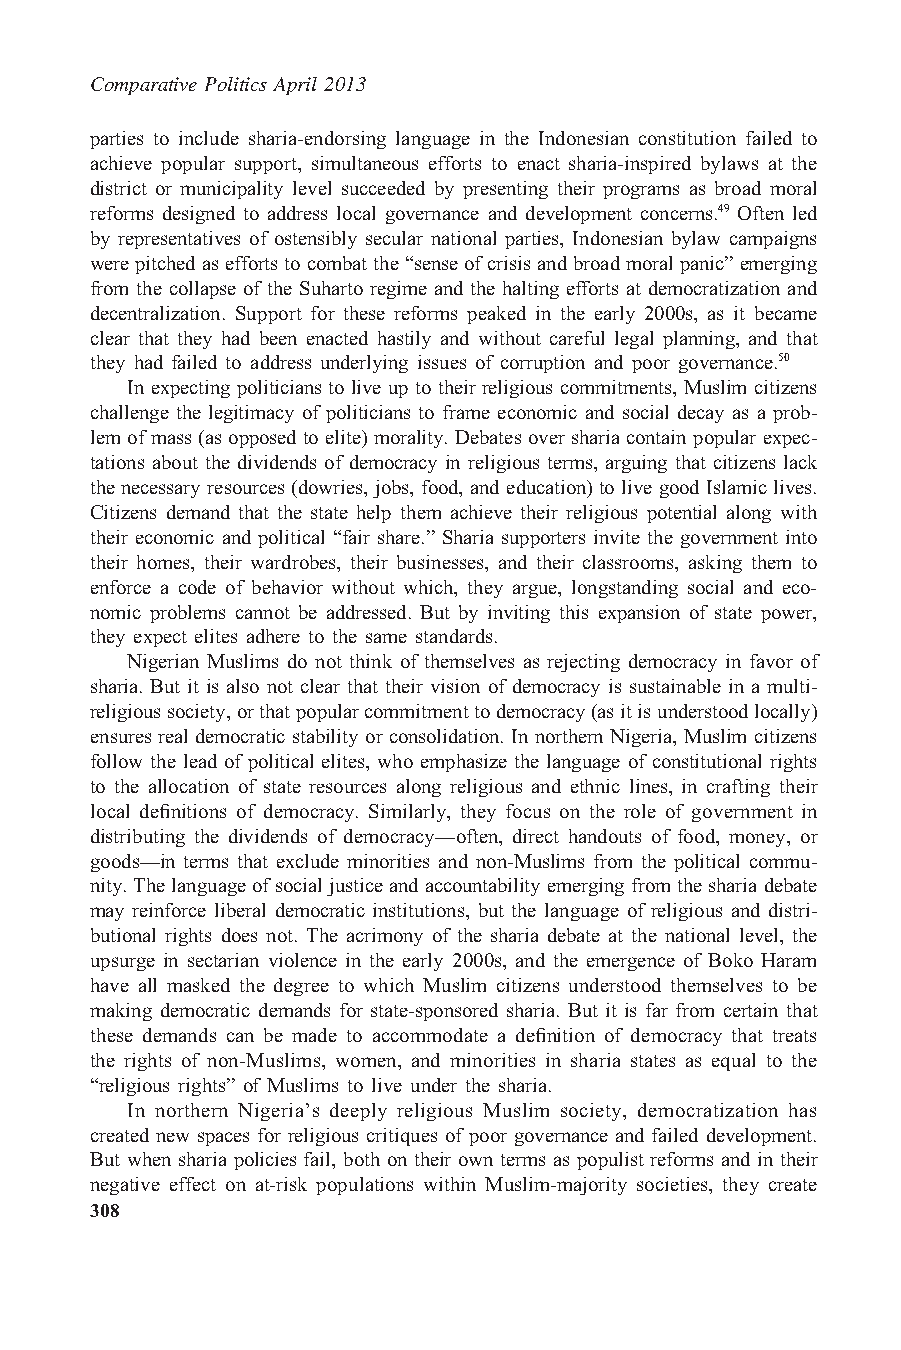
Comparative Politics April 2013
 parties to include sharia-endorsing language in the Indonesian constitution failed to
 achieve popular support, simultaneous efforts to enact sharia-inspired bylaws at the
 district or municipality level succeeded by presenting their programs as broad moral
 reforms designed to address local governance and development concerns.49 Often led
 by representatives of ostensibly secular national parties, Indonesian bylaw campaigns
 werepitchedaseffortstocombatthe“senseofcrisisandbroadmoralpanic”emerging
 from the collapse of the Suharto regime and the halting efforts at democratization and
 decentralization. Support for these reforms peaked in the early 2000s, as it became
 clear that they had been enacted hastily and without careful legal planning, and that
 they had failed to address underlying issues of corruption and poor governance.50
 In expecting politicians to live up to their religious commitments, Muslim citizens
 challenge the legitimacy of politicians to frame economic and social decay as a prob-
 lem of mass (as opposed to elite) morality. Debates over sharia contain popular expec-
 tations about the dividends of democracy in religious terms, arguing that citizens lack
 the necessary resources (dowries, jobs, food, and education) to live good Islamic lives.
 Citizens demand that the state help them achieve their religious potential along with
 their economic and political “fair share.” Sharia supporters invite the government into
 their homes, their wardrobes, their businesses, and their classrooms, asking them to
 enforce a code of behavior without which, they argue, longstanding social and eco-
 nomic problems cannot be addressed. But by inviting this expansion of state power,
 they expect elites adhere to the same standards.
 Nigerian Muslims do not think of themselves as rejecting democracy in favor of
 sharia. But it is also not clear that their vision of democracy is sustainable in a multi-
 religioussociety,orthatpopularcommitmenttodemocracy(asitisunderstoodlocally)
 ensures real democratic stability or consolidation. In northern Nigeria, Muslim citizens
 follow the lead of political elites, who emphasize the language of constitutional rights
 to the allocation of state resources along religious and ethnic lines, in crafting their
 local definitions of democracy. Similarly, they focus on the role of government in
 distributing the dividends of democracy—often, direct handouts of food, money, or
 goods—in terms that exclude minorities and non-Muslims from the political commu-
 nity.Thelanguageofsocialjusticeandaccountability emergingfromtheshariadebate
 may reinforce liberal democratic institutions, but the language of religious and distri-
 butional rights does not. The acrimony of the sharia debate at the national level, the
 upsurge in sectarian violence in the early 2000s, and the emergence of Boko Haram
 have all masked the degree to which Muslim citizens understood themselves to be
 making democratic demands for state-sponsored sharia. But it is far from certain that
 these demands can be made to accommodate a definition of democracy that treats
 the rights of non-Muslims, women, and minorities in sharia states as equal to the
 “religious rights” of Muslims to live under the sharia.
 In northern Nigeria’s deeply religious Muslim society, democratization has
 created new spaces for religious critiques of poor governance and failed development.
 But when sharia policies fail, both on their own terms as populist reforms and in their
 negative effect on at-risk populations within Muslim-majority societies, they create
 308